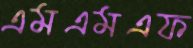
এমএমএফ